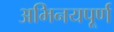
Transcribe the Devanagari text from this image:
अभिनयपूर्ण